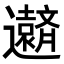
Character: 𮟧